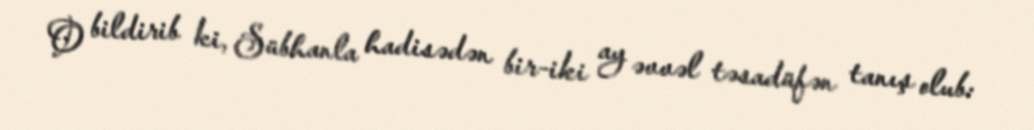
O bildirib ki, Sübhanla hadisədən bir-iki ay əvvəl təsadüfən tanış olub: